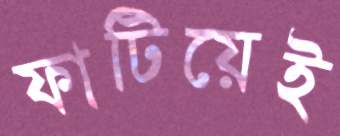
ফাটিয়েই